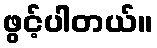
ဖွင့်ပါတယ်။